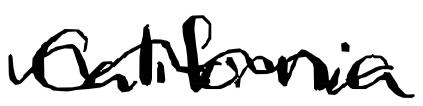
Text: California
Cross-out: wave
Writing tool: digital_black